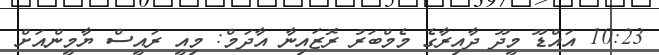
10:23 އައްޑޫ މީދޫ ދާއިރާގެ މެމްބަރު ރޮޒައިނާ އާދަމް: މިއީ ރައީސް ޔާމީންއަށް